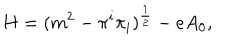
H = ( m ^ { 2 } - \pi ^ { i } \pi _ { i } ) ^ { { \frac { 1 } { 2 } } } - e A _ { 0 } ,